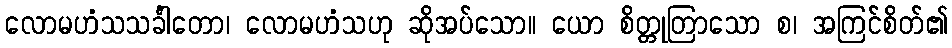
လောမဟံသသင်္ခါတော၊ လောမဟံသဟု ဆိုအပ်သော။ ယော စိတ္တုတြာသော စ၊ အကြင်စိတ်၏